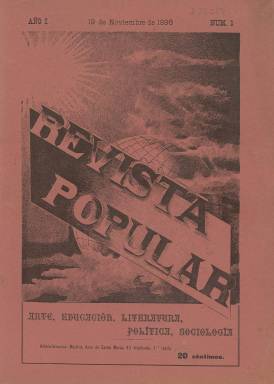
Título: Revista popular (Madrid)
Colección: Cultura
Ámbito geográfico: Madrid
Lugar de publicación: Madrid
Fechas: 19/11/1898-06/01/1899

Falta digitalizar el número del 6/1/1899

---

Esta publicación, que tuvo un recorrido muy corto, nació en uno de los momentos más delicados de la historia de España, a finales de 1898, justo cuando se vio obligada a renunciar a Cuba y Filipinas tras perder la guerra con Estados Unidos. Esta grave circunstancia se deja sentir en el primer artículo con el que se inició la revista, en el que se lee: ‘España ha muerto muchas veces sin morir…  ¡Estamos asistiendo a la agonía de otra España, la España colonial!  Se nos impone, como trabajo de pura reconquista, la formación de una España nueva, representada en un nuevo espíritu’.

  La revista, que dice sumarse a este nuevo espíritu, no dedicará mucho más espacio a lamentar la decadencia de España, como harán otros medios, sino que dedicará sus páginas sobre todo a temas culturales y científicos. Habrá espacio para la política, pero no será el tema preferente. De hecho, su subtítulo, que da cuenta de su carácter misceláneo, es el de: ‘Arte, Educación, Literatura, Política, Sociología’.

   De periodicidad semanal, la revista contaba con 20 páginas e hizo uso de la fotografía, lo que era en aquellos años una novedad. Así, en el primer número, en el que hay un amplio reportaje del Teatro Wagner en Bayreuth, podemos ver varias fotografías de las representaciones. El artículo está firmado por Aureliano de Beruete y Moret, pintor, historiador y crítico español que será el autor de las colaboraciones sobre arte.

   En ese primer número encontramos también como autora de una sección llamada Crónicas femeninas, que será fija en la revista, a María Goyri, defensora de los derechos de la mujer e investigadora de la filología y la literatura española junto con su marido Ramón Menéndez Pidal.

   Entre los autores de artículos políticos, aunque no con secciones fijas sino con colaboraciones puntuales, se encuentran Francisco Giner de los Ríos, creador de la Institución Libre de Enseñanza, su alumno y amigo Rafael Altamira, secretario del Museo Pedagógico Nacional, y el futuro dirigente socialista Julián Besteiro.

   No obstante, el interés de la revista, que no hay que confundir con otras publicaciones del mismo título, no será la política sino los temas de cultura general que pretenderá divulgar para un público amplio, buscando un espacio intermedio entre la noticia escueta proporcionada por la inmediatez del periódico y el artículo de fondo del volumen especializado.

   Pese a la calidad de sus colaboradores y su precio reducido no parece que la revista cuajara y que llegara al siglo XX, dado el poco rastro que ha dejado entre las publicaciones periódicas de la época.

[Descripción publicada el 16/8/2022]